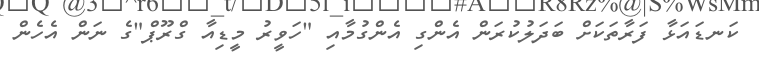
ކަނޑައަޅާ ފަރާތަކަށް ބަދަލުކުރަން އެންގި އެންގުމާއި "ހަވީރު މީޑިއާ ގްރޫޕް"ގެ ނަން އެހެން